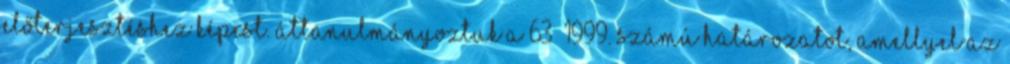
előterjesztéshez képest. Áttanulmányoztuk a 63 1999. számú határozatot, amellyel az